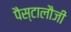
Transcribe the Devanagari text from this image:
पैस्टालौजी